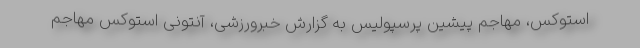
استوکس، مهاجم پیشین پرسپولیس به گزارش خبرورزشی، آنتونی استوکس مهاجم